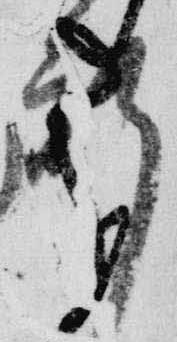
軒